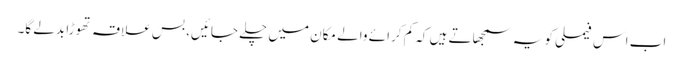
اب اس فیملی کو یہ سمجھاتے ہیں کہ کم کرائے والے مکان میں چلے جائیں، بس علاقہ تھوڑا بدلے گا۔